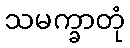
သမက္ခာတုံ